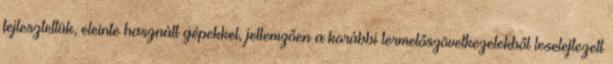
fejlesztettük, eleinte használt gépekkel, jellemzően a korábbi termelőszövetkezetekből leselejtezett